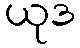
ယုဒ